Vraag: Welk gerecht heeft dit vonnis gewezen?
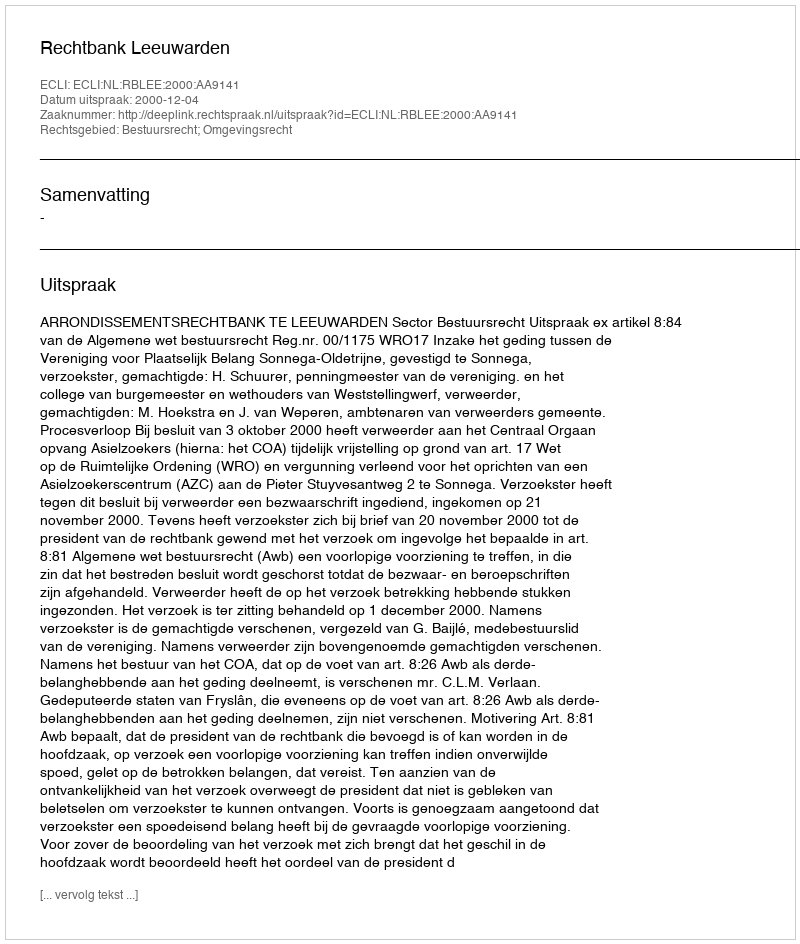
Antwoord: Rechtbank Leeuwarden